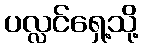
ပလ္လင်ရှေ့သို့